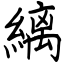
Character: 縭